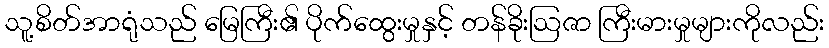
သူ့စိတ်အာရုံသည် မြေကြီး၏ ပိုက်ထွေးမှုနှင့် တန်ခိုးဩဇာ ကြီးမားမှုများကိုလည်း